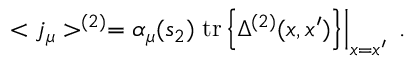
< j _ { \mu } > ^ { ( 2 ) } = \alpha _ { \mu } ( s _ { 2 } ) \left. \mathrm { t r } \left\{ \Delta ^ { ( 2 ) } ( x , x ^ { \prime } ) \right\} \right| _ { x = x ^ { \prime } } \; .